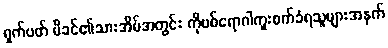
ရှက်ပတ် မိခင်၏သားအိမ်အတွင်း ကိုဗစ်ရောဂါကူးစက်ခံရသူများအနက်